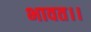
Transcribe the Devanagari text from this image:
भावत।।